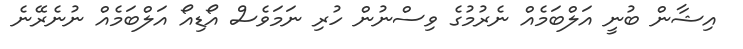
އިޝާން ބުނީ އަލްބަމެއް ނެރުމުގެ ވިސްނުން ހުރި ނަމަވެސް އޯޑިއޯ އަލްބަމެއް ނުނެރޭނެ